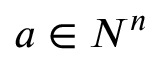
a \in N ^ { n }